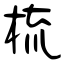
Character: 梳